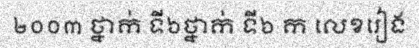
២០០៣ ថ្នាក់ ទី៦ថ្នាក់ ទី៦ ក លេខរៀង